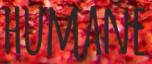
HUMANE